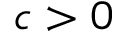
c > 0